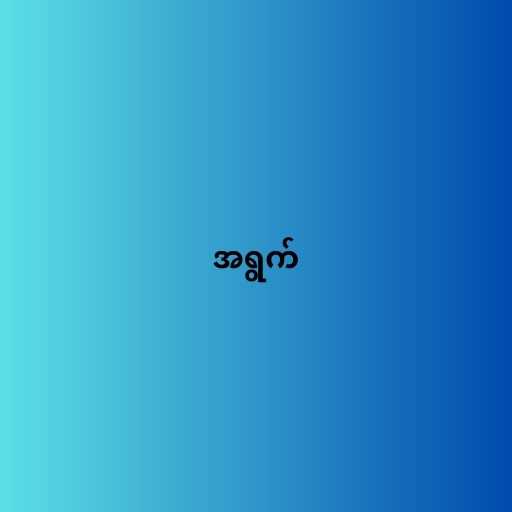
အရွက်